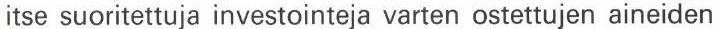
itse suoritettuja investointeja varten ostettujen aineiden